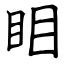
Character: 䀠